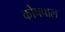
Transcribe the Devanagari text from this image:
कोषपाल